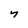
Character: y